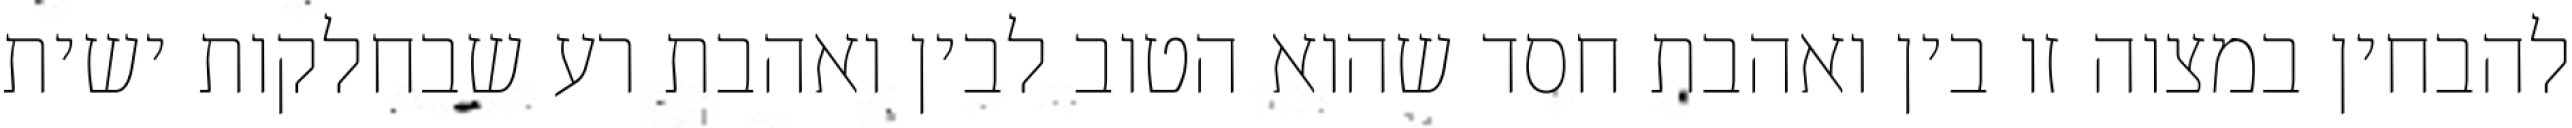
להבחין במצוה זו בין ואהבת חסד שהוא הטוב לבין ואהבת רע שבחלקות ישית